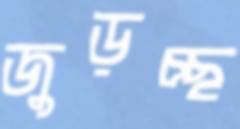
জুড়চ্ছ